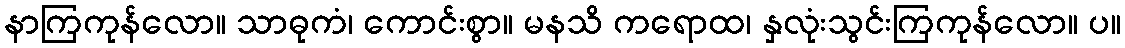
နာကြကုန်လော။ သာဓုကံ၊ ကောင်းစွာ။ မနသိ ကရောထ၊ နှလုံးသွင်းကြကုန်လော။ ပ။